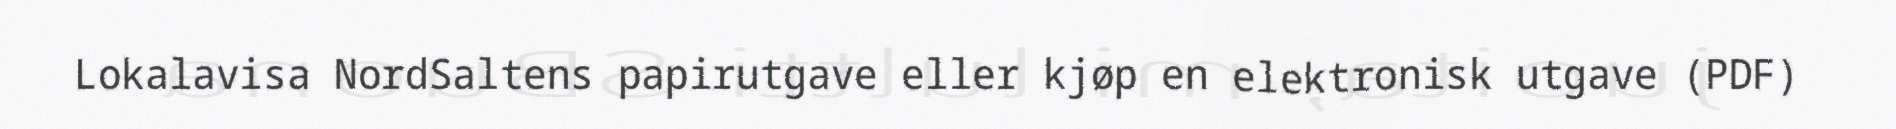
Lokalavisa NordSaltens papirutgave eller kjøp en elektronisk utgave (PDF)